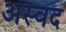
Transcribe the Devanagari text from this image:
अस्वद